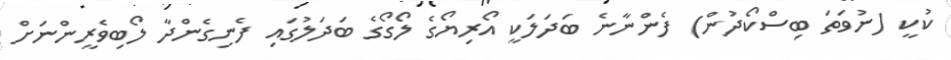
ކުކީ (ނުވަތަ ބިސްކޯދުން) ފެންނާނެ ބަދަލަކީ އޯރިޔޯގެ ލޯގޯގެ ބަދަލުގައި ފެނިގެންދާ ލޯބިވެރީންނަށް